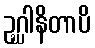
ဥဂ္ဃါနိတာပိ